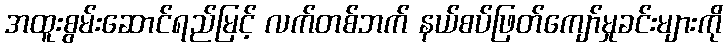
အထူးစွမ်းဆောင်ရည်မြင့် လက်တစ်ဘက် နယ်စပ်ဖြတ်ကျော်မှုခင်းများကို